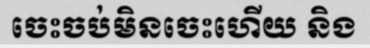
ចេះចប់មិនចេះហើយ និង